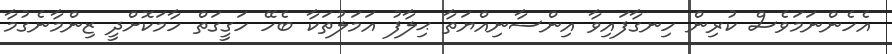
އެހެންނަމަވެސް ކުރިން ހިނގާފައިވާ އިންސާނިއްޔަތާ ޙިލާފު އަމަލުތަކާ ބެހޭ ހަގީގަތް ހާމަކޮށްދީ ޒިންމާނެގުމާ